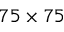
7 5 \times 7 5